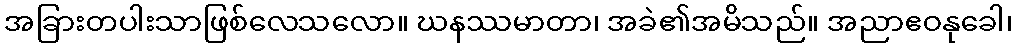
အခြားတပါးသာဖြစ်လေသလော။ ဃနဿမာတာ၊ အခဲ၏အမိသည်။ အညာဧဝနုခေါ၊